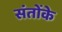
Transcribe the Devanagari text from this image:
संतोंके